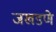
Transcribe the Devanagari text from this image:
जखडणे